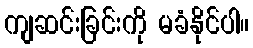
ကျဆင်းခြင်းကို မခံနိုင်ပါ။